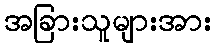
အခြားသူများအား